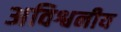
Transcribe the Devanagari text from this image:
अविश्वनीय